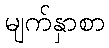
မျက်နှာစာ